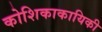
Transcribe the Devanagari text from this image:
कोशिकाकायिकी